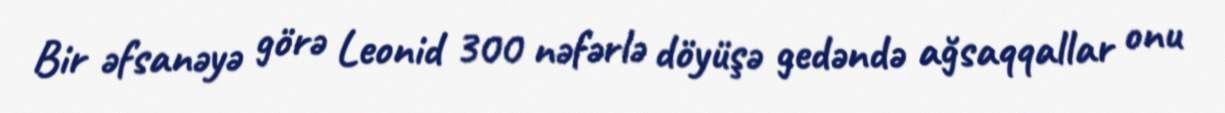
Bir əfsanəyə görə Leonid 300 nəfərlə döyüşə gedəndə ağsaqqallar onu